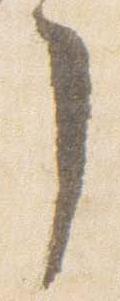
了